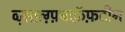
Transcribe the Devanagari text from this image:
व्ज़्सफ़्ग़्फ़्बःफ़ॅफ़दीन